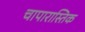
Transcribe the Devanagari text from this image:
चापारास्तिक